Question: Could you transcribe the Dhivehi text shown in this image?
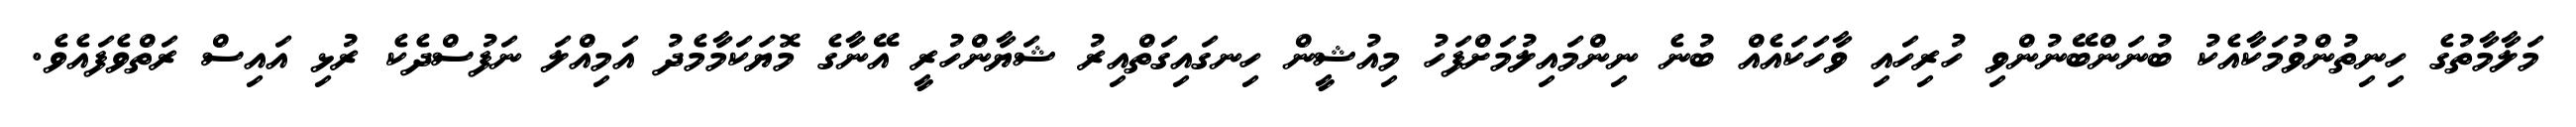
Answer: މަލާމާތުގެ ހިނިތުންވުމަކާއެކު ބުނަންބޭނުންވި ހުރިހައި ވާހަކައެއް ބުނެ ނިންމައިލުމަށްފަހު މިއުޝީން ހިނގައިގަތްއިރު ޝަޔާންހުރީ އޭނާގެ މޮޔަކަމާމެދު އަމިއްލަ ނަފުސްދެކެ ރުޅި އައިސް ރަތްވެފައެވެ.